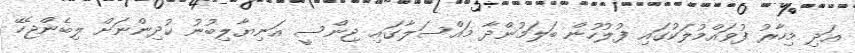
އަދި މިހާރު ފުވައްމުލަކުގައި ފުލުހުން ބަލަމުންދާ މައްސަލާގައި ޖިންސީ އަނިޔާލިބުނު ކުދިންނަށް ލިބެންޖެހޭ